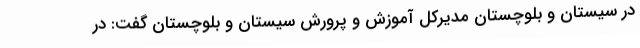
در سیستان و بلوچستان مدیرکل آموزش و پرورش سیستان و بلوچستان گفت: در